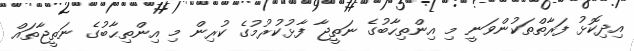
އިދިކޮޅު ފަރާތްތަކުންވަނީ މި އިންތިހާބުގެ ނަތީޖާ ފާޅުކުރުމުގެ ކުރިން މި އިންތިޙާބުގެ ނަތީޖާތައް